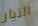
التيار